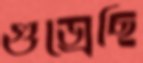
গুজ্‌রেছি